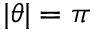
\lvert \theta \rvert = \pi